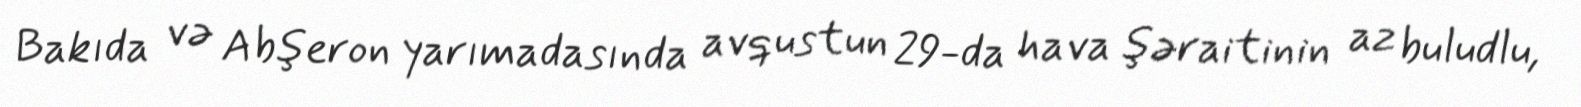
Bakıda və Abşeron yarımadasında avqustun 29-da hava şəraitinin az buludlu,